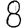
Digit: 8